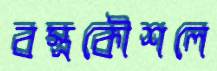
বস্ত্রকৌশলে